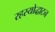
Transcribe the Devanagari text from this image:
रहस्योद्धाटन